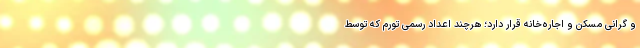
و گرانی مسکن و اجاره‌خانه قرار دارد؛ هرچند اعداد رسمی تورم که توسط